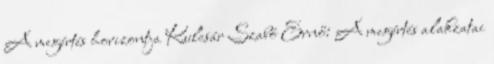
A megértés horizontja Kulcsár Szabó Ernő: A megértés alakzatai